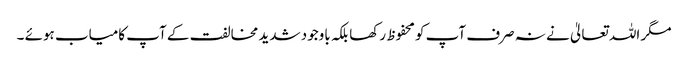
مگر اللہ تعالیٰ نے نہ صرف آپ کو محفوظ رکھا بلکہ باوجود شدید مخالفت کے آپ کامیاب ہوئے ۔